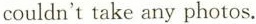
①房间如此黑暗,以至于我们无法拍照.